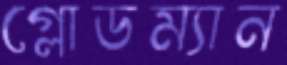
গ্লোডম্যান